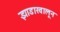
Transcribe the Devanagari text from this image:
झाडाखालून